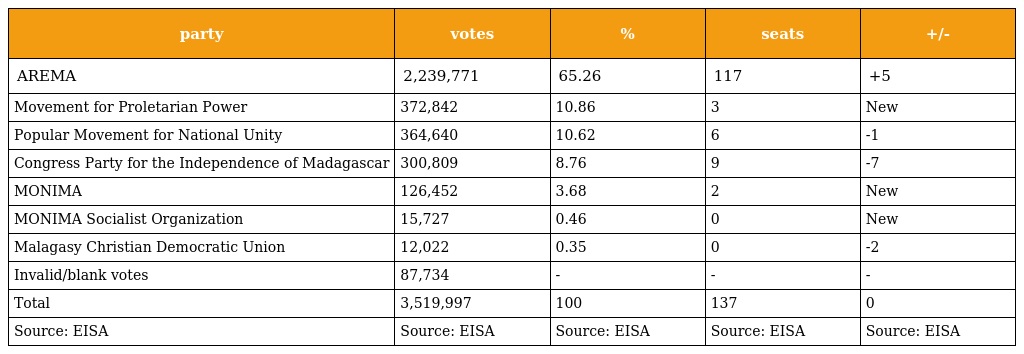
| party | votes | % | seats | +/- |
 | --- | --- | --- | --- | --- |
 | AREMA | 2,239,771 | 65.26 | 117 | +5 |
 | Movement for Proletarian Power | 372,842 | 10.86 | 3 | New |
 | Popular Movement for National Unity | 364,640 | 10.62 | 6 | -1 |
 | Congress Party for the Independence of Madagascar | 300,809 | 8.76 | 9 | -7 |
 | MONIMA | 126,452 | 3.68 | 2 | New |
 | MONIMA Socialist Organization | 15,727 | 0.46 | 0 | New |
 | Malagasy Christian Democratic Union | 12,022 | 0.35 | 0 | -2 |
 | Invalid/blank votes | 87,734 | - | - | - |
 | Total | 3,519,997 | 100 | 137 | 0 |
 | Source: EISA | Source: EISA | Source: EISA | Source: EISA | Source: EISA |